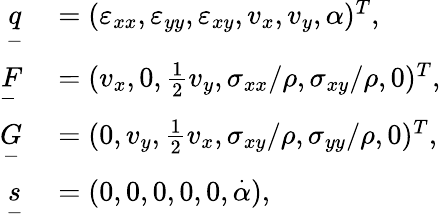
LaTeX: \begin{array}{rl}{\underset{-}{q}}&{{}=(\varepsilon_{xx},\varepsilon_{yy},\varepsilon_{xy},v_{x},v_{y},\alpha)^{T},}\\ {\underset{-}{F}}&{{}=(v_{x},0,\frac{1}{2}v_{y},\sigma_{xx}/\rho,\sigma_{xy}/\rho,0)^{T},}\\ {\underset{-}{G}}&{{}=(0,v_{y},\frac{1}{2}v_{x},\sigma_{xy}/\rho,\sigma_{yy}/\rho,0)^{T},}\\ {\underset{-}{s}}&{{}=(0,0,0,0,0,\overset{\cdot}{\alpha}),}\end{array}